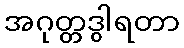
အဂုတ္တဒွါရတာ